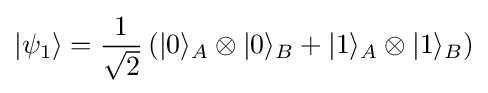
|\psi _{1}\rangle ={\frac {1}{\sqrt {2}}}\left(|0\rangle _{A}\otimes |0\rangle _{B}+|1\rangle _{A}\otimes |1\rangle _{B}\right)